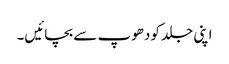
اپنی جلد کودھوپ سے بچائیں۔